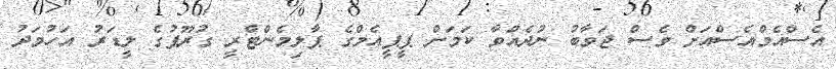
އެސްއެމްއެސްއަށް ވެސް ޖަވާބު ނުދެއްވާ ކަމަށް ޕީޕީއެމްގެ ޕާލިމެންޓްރީ ގުރޫޕުގެ ލީޑަރު އަހުމަދު